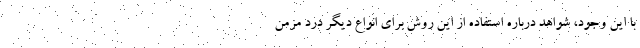
با این وجود، شواهد درباره استفاده از این روش برای انواع دیگر درد مزمن